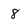
Character: 8